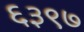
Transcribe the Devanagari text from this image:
६३९७